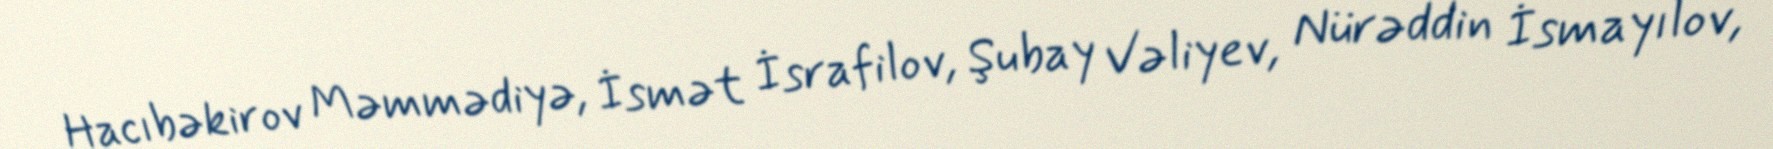
Hacıbəkirov Məmmədiyə, İsmət İsrafilov, Şubay Vəliyev, Nürəddin İsmayılov,